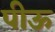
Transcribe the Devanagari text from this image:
पीऊ